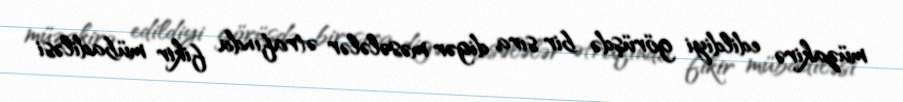
müzakirə edildiyi görüşdə bir sıra digər məsələlər ətrafında fikir mübadiləsi